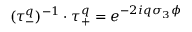
( \tau _ { - } ^ { q } ) ^ { - 1 } \cdot \tau _ { + } ^ { q } = e ^ { - 2 i q \sigma _ { 3 } \phi }